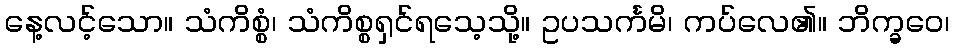
နေ့လင့်သော။ သံကိစ္စံ၊ သံကိစ္စရှင်ရသေ့သို့။ ဥပသင်္ကမိ၊ ကပ်လေ၏။ ဘိက္ခဝေ၊